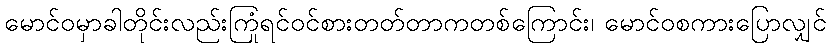
မောင်ဝမှာခါတိုင်းလည်းကြုံရင်ဝင်စားတတ်တာကတစ်ကြောင်း၊ မောင်ဝစကားပြောလျှင်